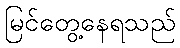
မြင်တွေ့နေရသည်